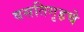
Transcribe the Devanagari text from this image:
वसतिगृहचे